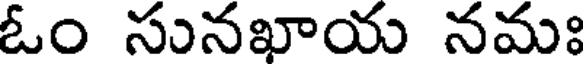
ఓం సునఖాయ నమః